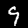
Label: 9